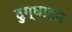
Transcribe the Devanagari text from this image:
दुग्धाहार